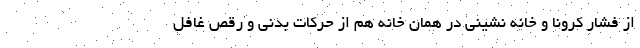
از فشار کرونا و خانه نشینی در همان خانه هم از حرکات بدنی و رقص غافل